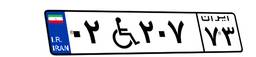
۹۲W۱۰۴۸۹